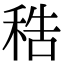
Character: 𥞴